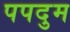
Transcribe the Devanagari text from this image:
पपदुम